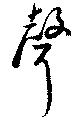
声